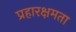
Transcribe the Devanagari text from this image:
प्रहारक्षमता